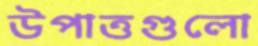
উপাত্তগুলো